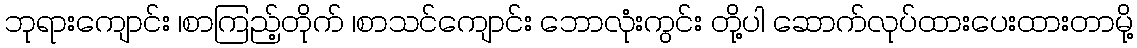
ဘုရားကျောင်း ၊စာကြည့်တိုက် ၊စာသင်ကျောင်း ဘောလုံးကွင်း တို့ပါ ဆောက်လုပ်ထားပေးထားတာမို့